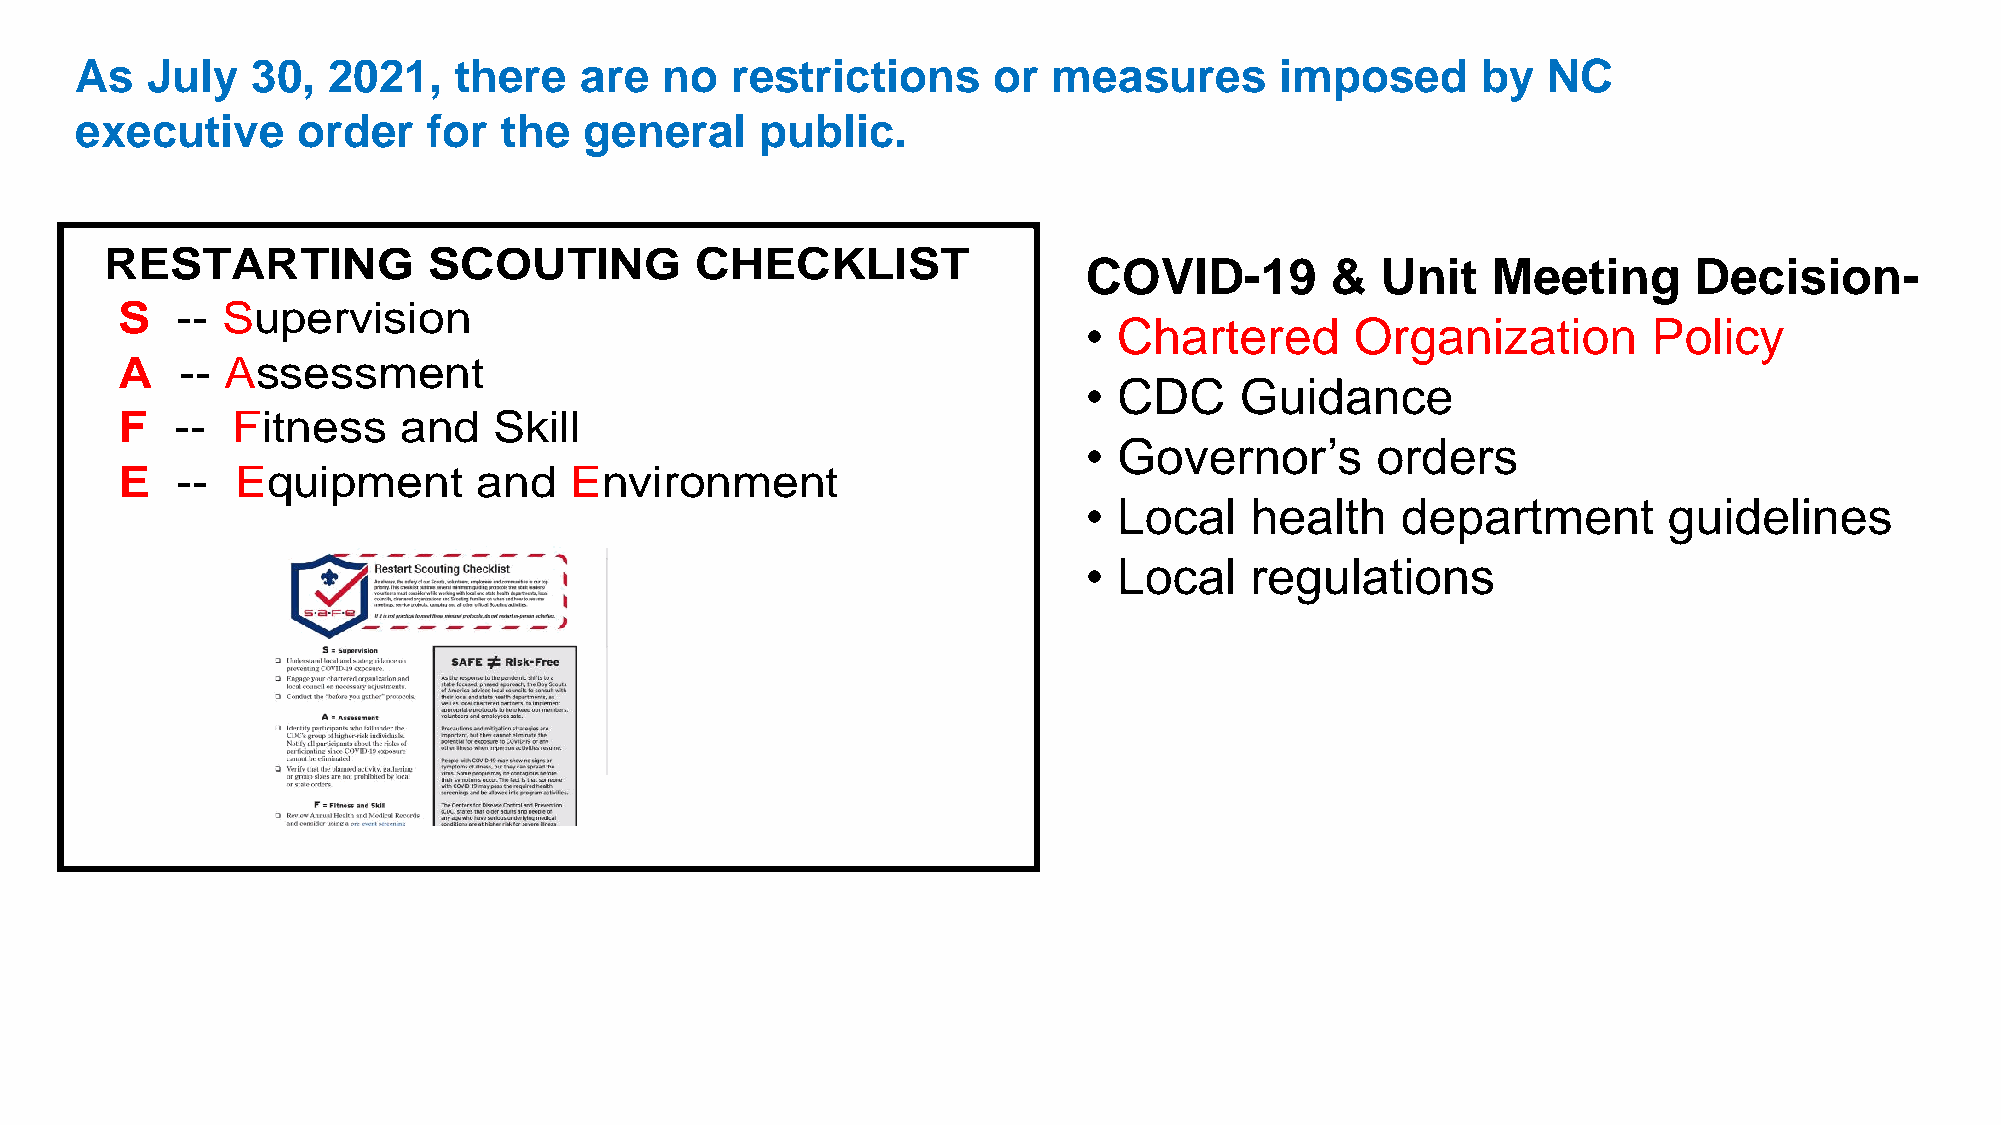
As   July   30,  2021,   there   are   no  restrictions      or  measures       imposed      by  NC
 executive      order   for  the   general    public.
 RESTARTING           SCOUTING          CHECKLIST
 COVID-19        &  Unit    Meeting      Decision-
 S   -- Supervision
 • Chartered       Organization       Policy
 A   -- Assessment
 • CDC     Guidance
 F   -- Fitness    and    Skill
 • Governor’s       orders
 E   --  Equipment       and   Environment
 • Local    health    department       guidelines
 • Local    regulations
 see    flyer  in  RT    email
 Remember,         maximum         gathering      of:
 10  people     indoors
 25  people     outdoors.